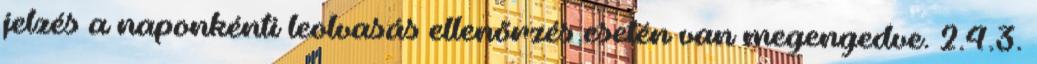
jelzés a naponkénti leolvasás ellenõrzés esetén van megengedve. 2.4.3.